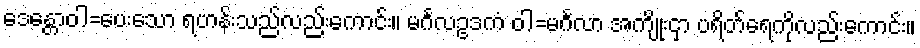
ဒေန္တောဝါ=ပေးသော ရဟန်းသည်လည်းကောင်း။ မင်္ဂလဥဒကံ ဝါ=မင်္ဂလာ အကျိုးငှာ ပရိတ်ရေကိုလည်းကောင်း။